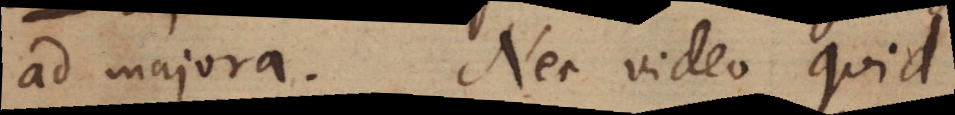
ad majora. Nec video quid